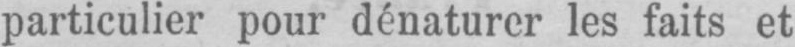
les faits et